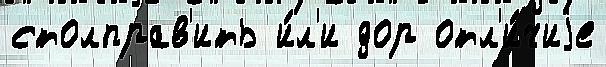
столправ'ить и́л'и дор отл'и́чиjе